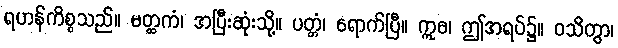
ရဟန်ကိစ္စသည်။ မတ္ထကံ၊ အပြီးဆုံးသို့။ ပတ္တံ၊ ရောက်ပြီ။ ဣဓ၊ ဤအရပ်၌။ ဝသိတွာ၊